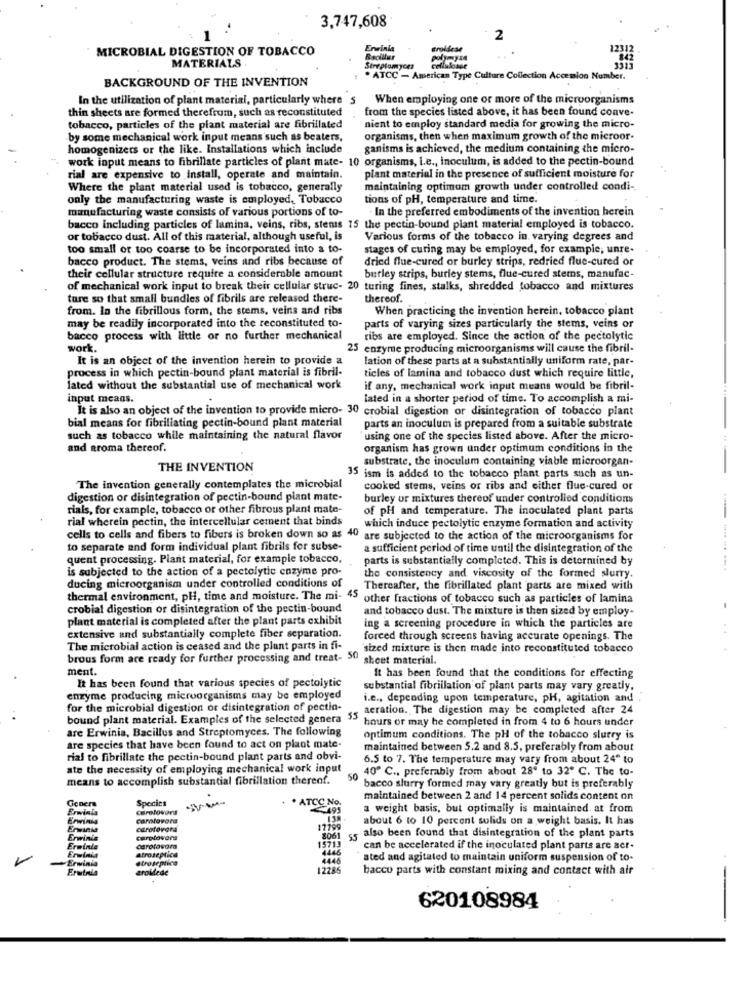
3,747,608
-
2
MICROBIAL DIGESTION OF TOBACCO
Ervinia
trollese
12312
MATERIALS
Streptomyces
BACKGROUND OF THE INVENTION
. ATCC - American Type Culture Collection Accession Number.
In the utilization of plant material, particularly where S
When employing one or more of the microorganisms
thin sheets are formed therefrum, such as reconstituted
from the species listed above, it has been found conve-
tobacco, particles of the plant material are fibrillated
nient to employ standard media for growing the micro-
by some mechanical work input means such as beaters,
organisms, then when maximum growth of the microor-
homogenizers or the like. Installations which include
ganisms is achieved, the medium containing the micro-
work input means to fibrillate particles of plant mate- 10 organisms, i.e ., inoculum, is added to the pectin-bound
rial are expensive to install, operate and maintain.
plant material in the presence of sufficient moisture for
Where the plant material used is tobacco, generally
maintaining optimum growth under controlled condi-
only the manufacturing waste is employed, Tobacco
tions of pH, temperature and time.
manufacturing waste consists of various portions of to-
. In the preferred embodiments of the invention herein
bacco including particles of lamina, veins, ribs, stens 15 the pectin-bound plant material employed is tobacco.
or tobacco dust. All of this material, although useful, is
Various forms of the tobacco in varying degrees and
too small or too coarse to be incorporated into a to-
stages of curing may be employed, for example, unre-
bacco product. The stems, veins and ribs because of
dried flue-cured or burley strips, redried flue-cured or
their cellular structure require a considerable amount
burley strips, burley stems, flue-cured stems, manufac-
of mechanical work input to break their cellular struc- 20 turing fines, stalks, shredded tobacco and mixtures
ture so that small bundles of fibrils are released there-
thereof.
from. In the fibrillous form, the stems, veins and ribs
When practicing the invention herein, tobacco plant
may be readily incorporated into the reconstituted to-
parts of varying sizes particularly the stems, veins or
bacco process with little or no further mechanical
ribs are employed. Since the action of the pectolytic
work.
25 enzyme producing microorganisms will cause the fibril-
It is an object of the invention herein to provide a
lation of these parts at a substantially uniform rate, par-
process in which pectin-bound plant material is fibril-
ticles of lamina and tobacco dust which require little,
lated without the substantial use of mechanical work
if any, mechanical work input means would be fibril-
input means.
lated in a shorter period of time. To accomplish a mi-
It is also an object of the invention to provide micro- 30 crobial digestion or disintegration of tobacco plant
bial means for fibrillating pectin-bound plant material
parts an inoculum is prepared from a suitable substrate
such as tobacco while maintaining the natural flavor
using one of the species listed above. After the micro-
and aroma thereof.
organism has grown under optimum conditions in the
substrate, the inoculum containing viable microorgan-
THE INVENTION
35 ism is added to the tobacco plant parts such as un-
The invention generally contemplates the microbial
cooked stems, veins or ribs and either flue-cured or
digestion or disintegration of pectin-bound plant mate-
burley or mixtures thereof under controlled conditions
rials, for example, tobacco or other fibrous plant mate-
of pH and temperature. The inoculated plant parts
rial wherein pectin, the intercellular cement that binds
which induce pectolytic enzyme formation and activity
cells to cells and fibers to fibers is broken down so as 40 are subjected to the action of the microorganisms for
to separate and form individual plant fibrils for subse-
a sufficient period of time until the disintegration of the
quent processing. Plant material, for example tobacco,
parts is substantially completed. This is determined by
is subjected to the action of a pectolytic enzyme pro-
----- -.
ducing microorganism under controlled conditions of
the consistency and viscosity of the formed slurry.
Thereafter, the fibrillated plant parts are mixed with
thermal environment, pHi, time and moisture. The mi- 45 other fractions of tobacco such as particles of lamina
crobial digestion or disintegration of the pectin-bound
and tobacco dust. The mixture is then sized by employ-
plant material is completed after the plant parts exhibit
extensive and substantially complete fiber separation.
ing a screening procedure in which the particles are
forced through screens having accurate openings. The
The microbial action is ceased and the plant parts in fi-
'sized mixture is then made into reconstituted tobacco
brous form are ready for further processing and treat- 50
sheet material.
ment.
It has been found that the conditions for effecting
It has been found that various species of pectolytic
substantial fibrillation of plant parts may vary greatly.
enzyme producing microorganisms may be employed
i.e ., depending upon temperature, pH, agitation and
for the microbial digestion or disintegration of pectin-
aeration. The digestion may be completed after 24
bound plant material. Examples of the selected genera 55
hours or may he completed in from 4 to 6 hours under
are Erwinia, Bacillus and Streptomyces. The following
optimum conditions. The pH of the tobacco slurry is
are species that have been found to act on plant mate-
maintained between 5.2 and 8.5, preferably from about
rial to fibrillate the pectin-bound plant parts and obvi-
6.5 to 7. The temperature may vary from about 24" to
ate the necessity of employing mechanical work input
40º C ., preferably from about 28' to 32º C. The to-
means to accomplish substantial fibrillation thereof.
50
bacco slurry formed may vary greatly but is preferably
Genera
Species
maintained between 2 and 14 percent solids content on
Erwinis
No.
a weight basis, but optimally is maintained. at from
carlovons
about 6 to 10 percent solids on a weight basis. It has
Erwinis
carotovora
17799
Erwinis
15713
8061
55 also been found that disintegration of the plant parts
Erminia
Erwinia
Atroseptica
carolavora
can be accelerated if the inoculated plant parts are acr.
Erwinia
strojeptica
sted and agitated to maintain uniform suspension of to-
Frutnia
aroMede
2285
bacco parts with constant mixing and contact with air
620108984